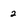
Character: 2